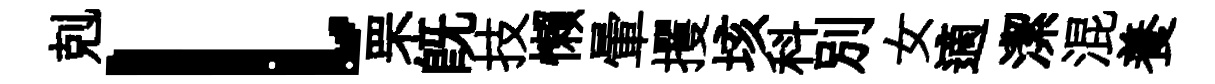
剋l罘旣技懒暈攫垓科别女適潔混養